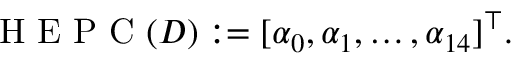
\mathrm { ~ H ~ E ~ P ~ C ~ } ( D ) : = [ \alpha _ { 0 } , \alpha _ { 1 } , \ldots , \alpha _ { 1 4 } ] ^ { \top } .